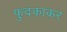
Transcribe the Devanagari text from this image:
फुदकाकर